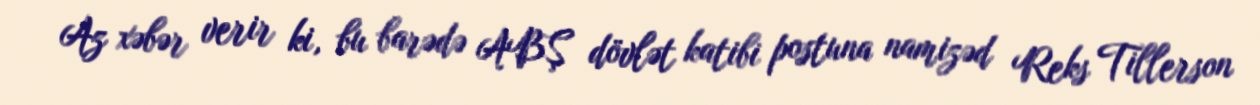
Az xəbər verir ki, bu barədə ABŞ dövlət katibi postuna namizəd Reks Tillerson